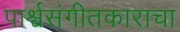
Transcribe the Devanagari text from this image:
पार्श्वसंगीतकाराचा